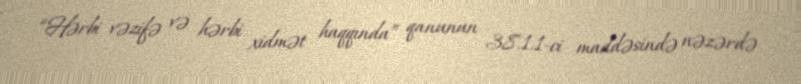
“Hərbi vəzifə və hərbi xidmət haqqında” qanunun 38.1.1-ci maddəsində nəzərdə